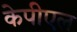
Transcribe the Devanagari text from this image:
केपीएल